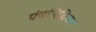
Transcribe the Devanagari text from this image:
पंचसिद्धिका